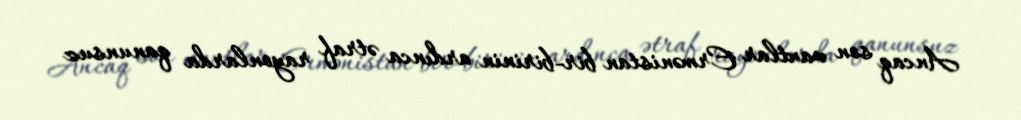
Ancaq son vaxtlar Ermənistan bir-birinin ardınca ətraf rayonlarda qanunsuz